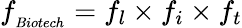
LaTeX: f_{_{Biotech}}=f_{l}\times f_{i}\times f_{t}